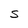
Character: S